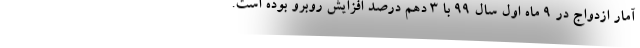
آمار ازدواج در ۹ ماه اول سال ۹۹ با ۳ دهم درصد افزایش روبرو بوده است.